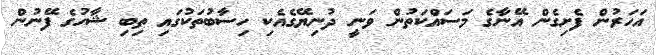
އަހަރުން ފެށިގެން އޭނާގެ މަސައްކަތުން ވަނީ ދުނިޔޭގެއެކި ހިސާބުތަކުގައި ތިބި ޝާހުގެ ފޭނުން